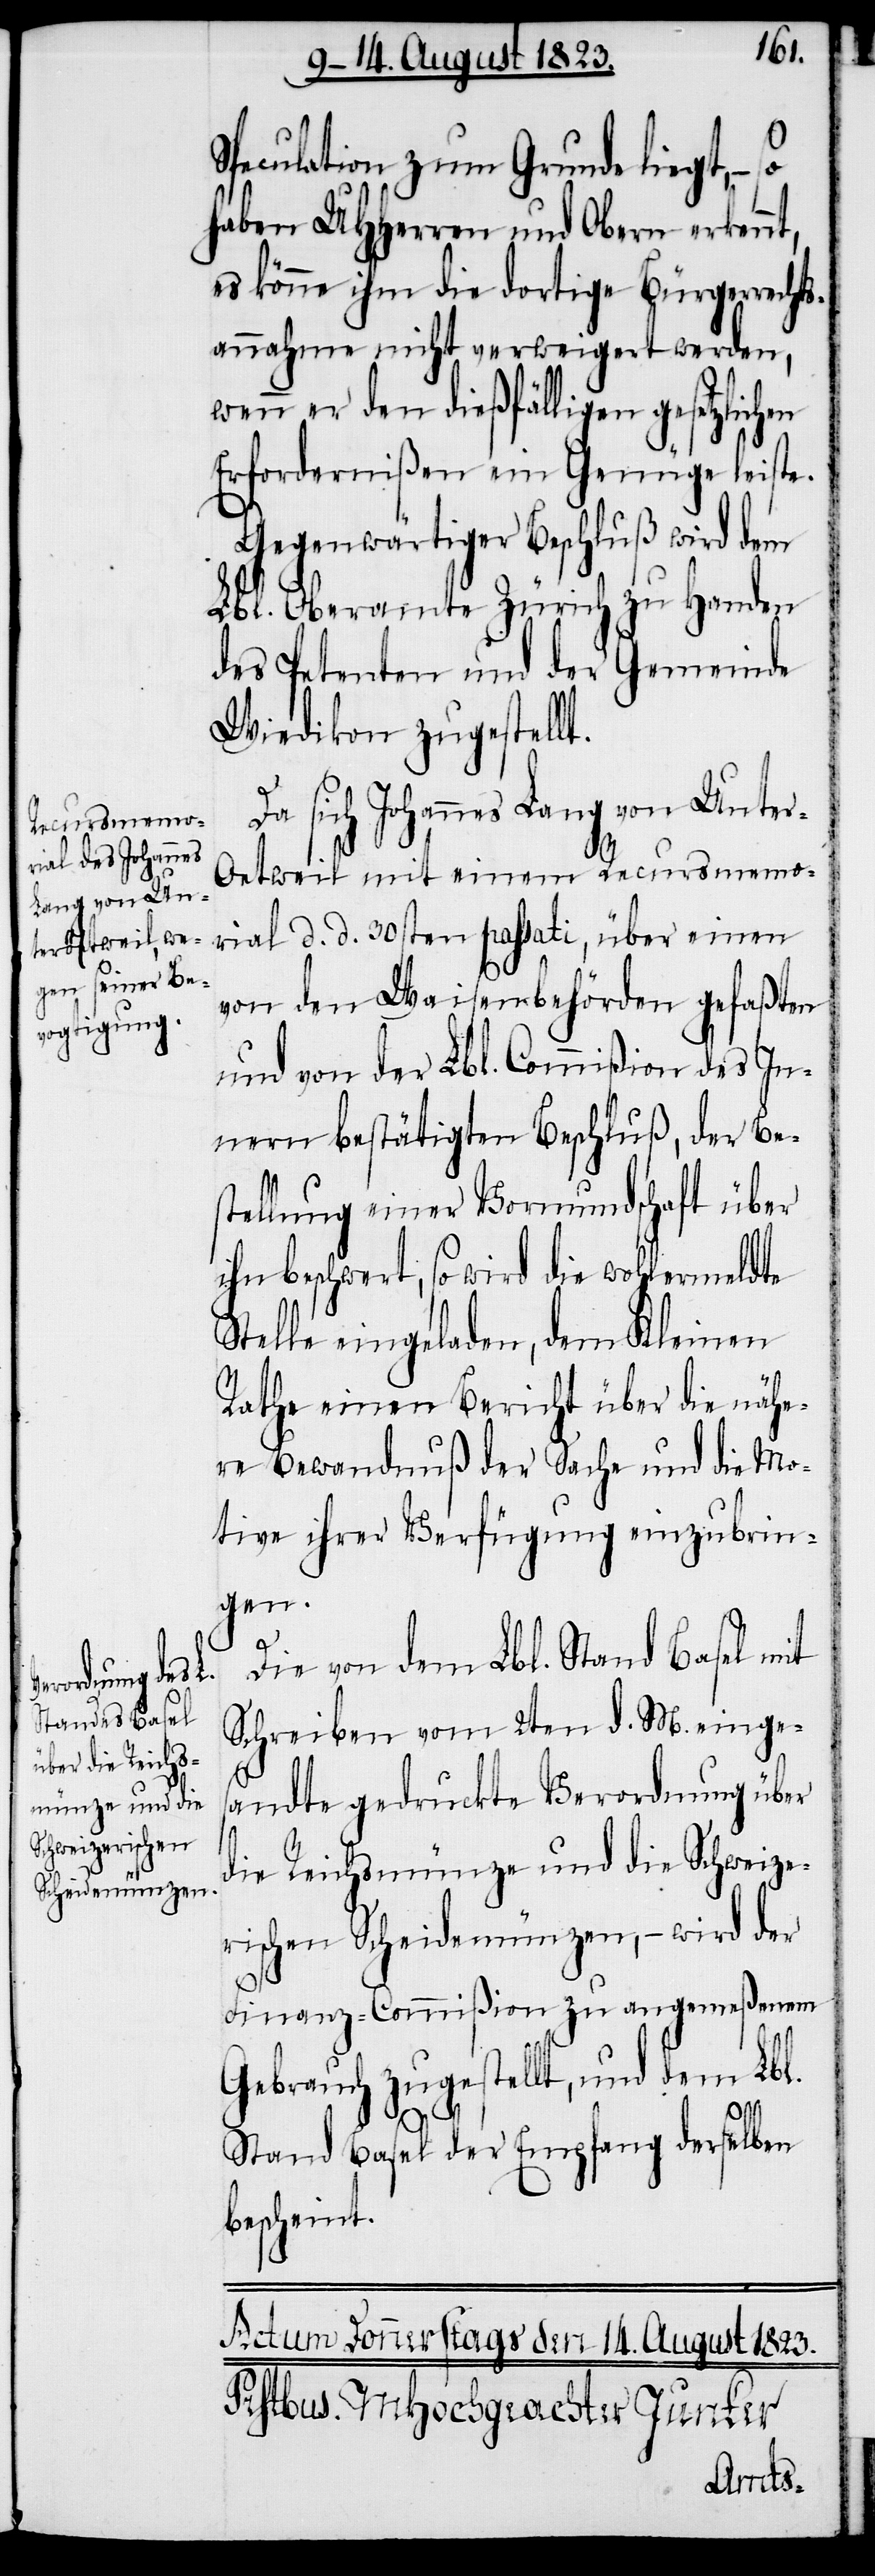
Speculation zum Grunde liegt, −
haben UHHerren und Obern erkenn¬
es könne ihm die dortige Bürgerrechts¬
annahme nicht verweigert werden,
wenn er den dießfälligen gesetzlichen
Erfordernißen ein Genüge leiste.
Gegenwärtiger Beschluß wird dem
Lbl. Oberamte Zürich zu Handen
des Petenten und der Gemeinde
Wiedikon zugestell¬
Da sich Johannes Lang von Unte¬
r-Oetweil mit einem Recursmemo¬
rial d. d. 30sten passati, über einen
von den Waisenbehörden gefaßten
und von der Lbl. Commißion des In¬
nern bestätigten Beschluß, der Be¬
stellung einer Vormundschaft über
ihn beschwert, so wird die wohlermeldte
Stelle eingeladen, dem Kleinen
Rathe einen Bericht über die nähe¬
re Bewandnuß der Sache und die Mo¬
tive ihrer Verfügung einzubrin¬
gen.
t.
Die von dem Lbl. Stand Basel mit
Schreiben vom 2ten d. M. einges¬
andte gedruckte Verordnung über
die Reichsmünze und die Schweize¬
rischen Scheidemünzen, − wird der
Finanz-Commißion zu angemeßenem
Gebrauch zugestellt, und dem Lbl.
Stand Basel der Empfang derselben
bescheint.